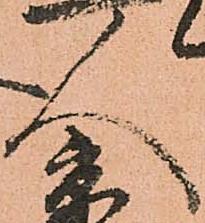
人